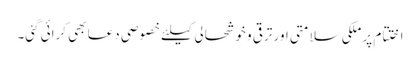
اختتام پر ملکی سلامتی اور ترقی و خوشحالی کیلئے خصوصی دعا بھی کرائی گئی۔